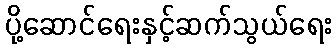
ပို့ဆောင်ရေးနှင့်ဆက်သွယ်ရေး